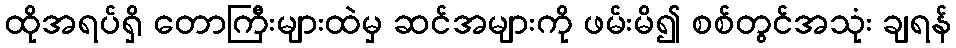
ထိုအရပ်ရှိ တောကြီးများထဲမှ ဆင်အများကို ဖမ်းမိ၍ စစ်တွင်အသုံး ချရန်